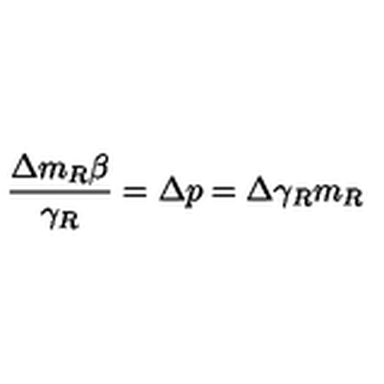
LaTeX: \frac { \Delta m _ { R } \beta } { \gamma _ { R } } = \Delta p = \Delta \gamma _ { R } m _ { R }